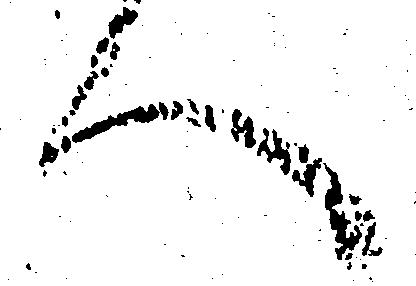
へ